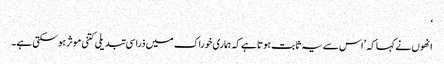
‘
انھوں نے کہا کہ ’اس سے یہ ثابت ہوتا ہے کہ ہماری خوراک میں ذرا سی تبدیلی کتنی موثر ہوسکتی ہے۔